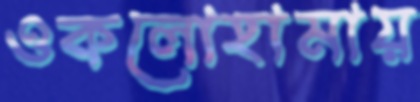
ওকলোহামায়